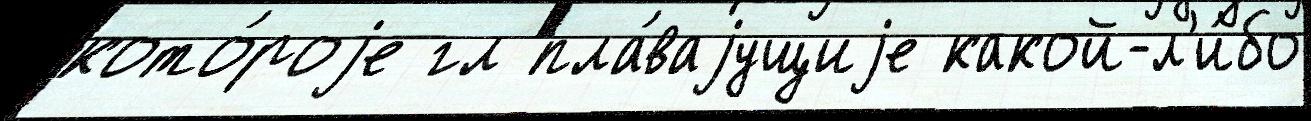
кото́роjе гл пла́ваjущиjе какой-л'и́бо